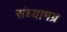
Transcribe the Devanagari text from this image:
संध्यामग्र